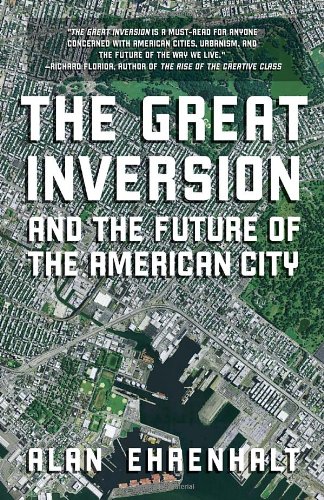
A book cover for The Great Inversion and the Future of the American City; Alan Ehrenhalt; Politics & Social Sciences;